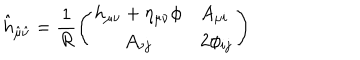
LaTeX: { \hat { h } } _ { { \hat { \mu } } { \hat { \nu } } } = { \frac { 1 } { R } } \Bigg ( \begin{array} { c l } { { h _ { \mu \nu } + \eta _ { \mu \nu } \phi } } & { { A _ { \mu i } } } \\ { { A _ { \nu j } } } & { { 2 \phi _ { i j } } } \\ \end{array} \Bigg )